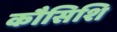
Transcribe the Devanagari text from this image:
कौसिशि